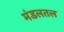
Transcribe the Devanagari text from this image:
मंडलतल